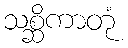
သစ္ဆိကာတုံ